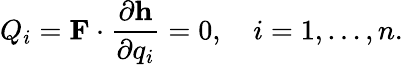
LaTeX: Q_{i}=\mathbf{F}\cdot{\frac{\partial\mathbf{h}}{\partial q_{i}}}=0,\quad i=1,\ldots,n.